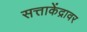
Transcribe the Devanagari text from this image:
सत्ताकेंद्रावर